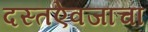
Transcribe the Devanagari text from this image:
दस्तऐवजाचा